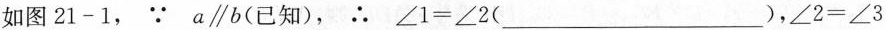
如图21-1，∵a\parallel b(已知)，∴$$∠ 1 = ∠ 2$$(___)，$$∠ 2 = ∠ 3$$